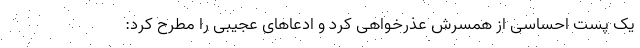
یک پست احساسی از همسرش عذرخواهی کرد و ادعا‌های عجیبی را مطرح کرد: